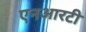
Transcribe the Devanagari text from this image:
एनआरटी